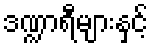
ဒဏ္ဍာရီများနှင့်